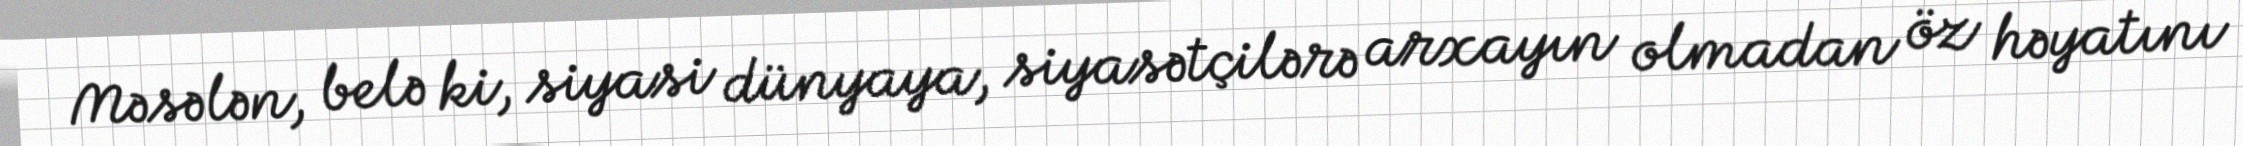
Məsələn, belə ki, siyasi dünyaya, siyasətçilərə arxayın olmadan öz həyatını